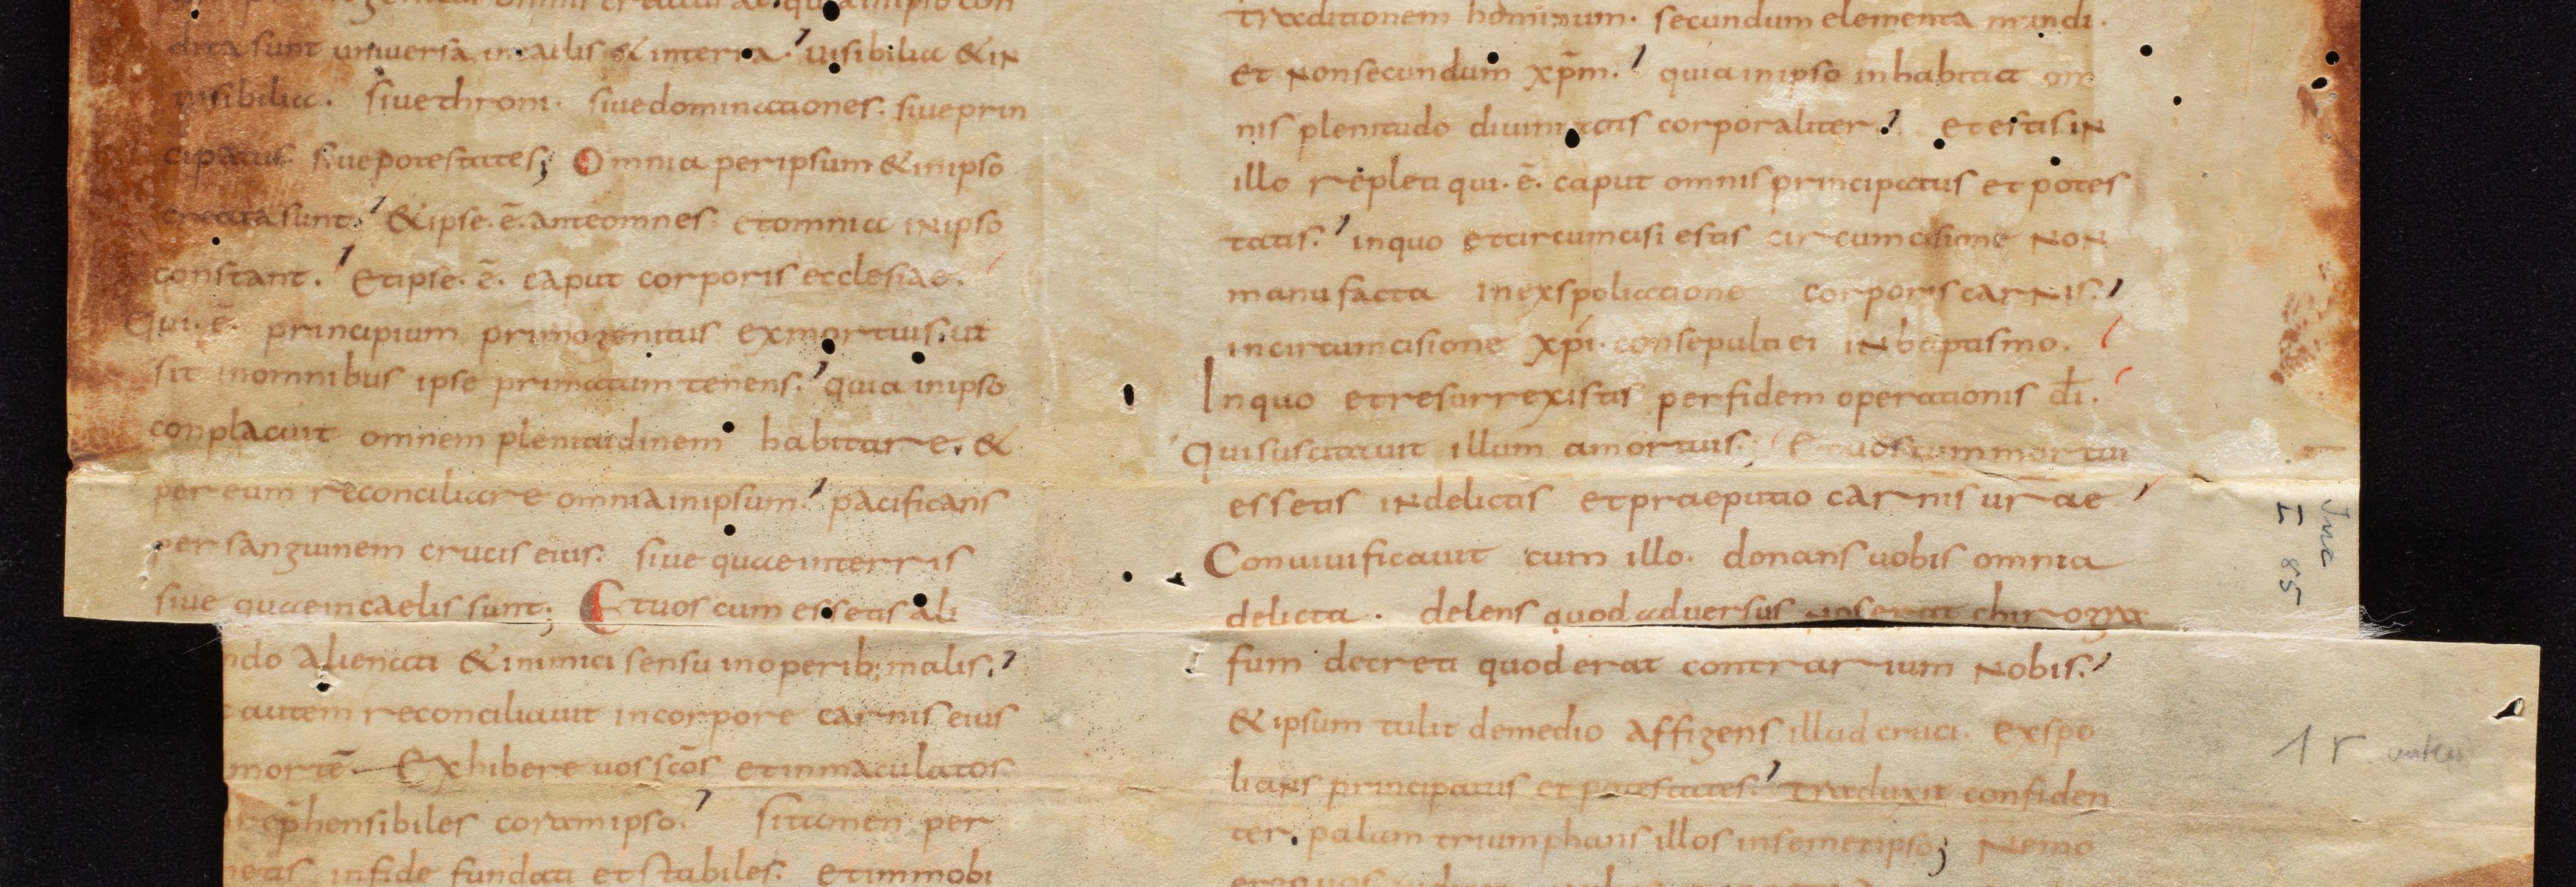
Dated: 800–815